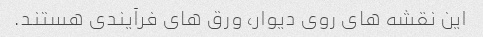
این نقشه های روی دیوار، ورق های فرآیندی هستند.